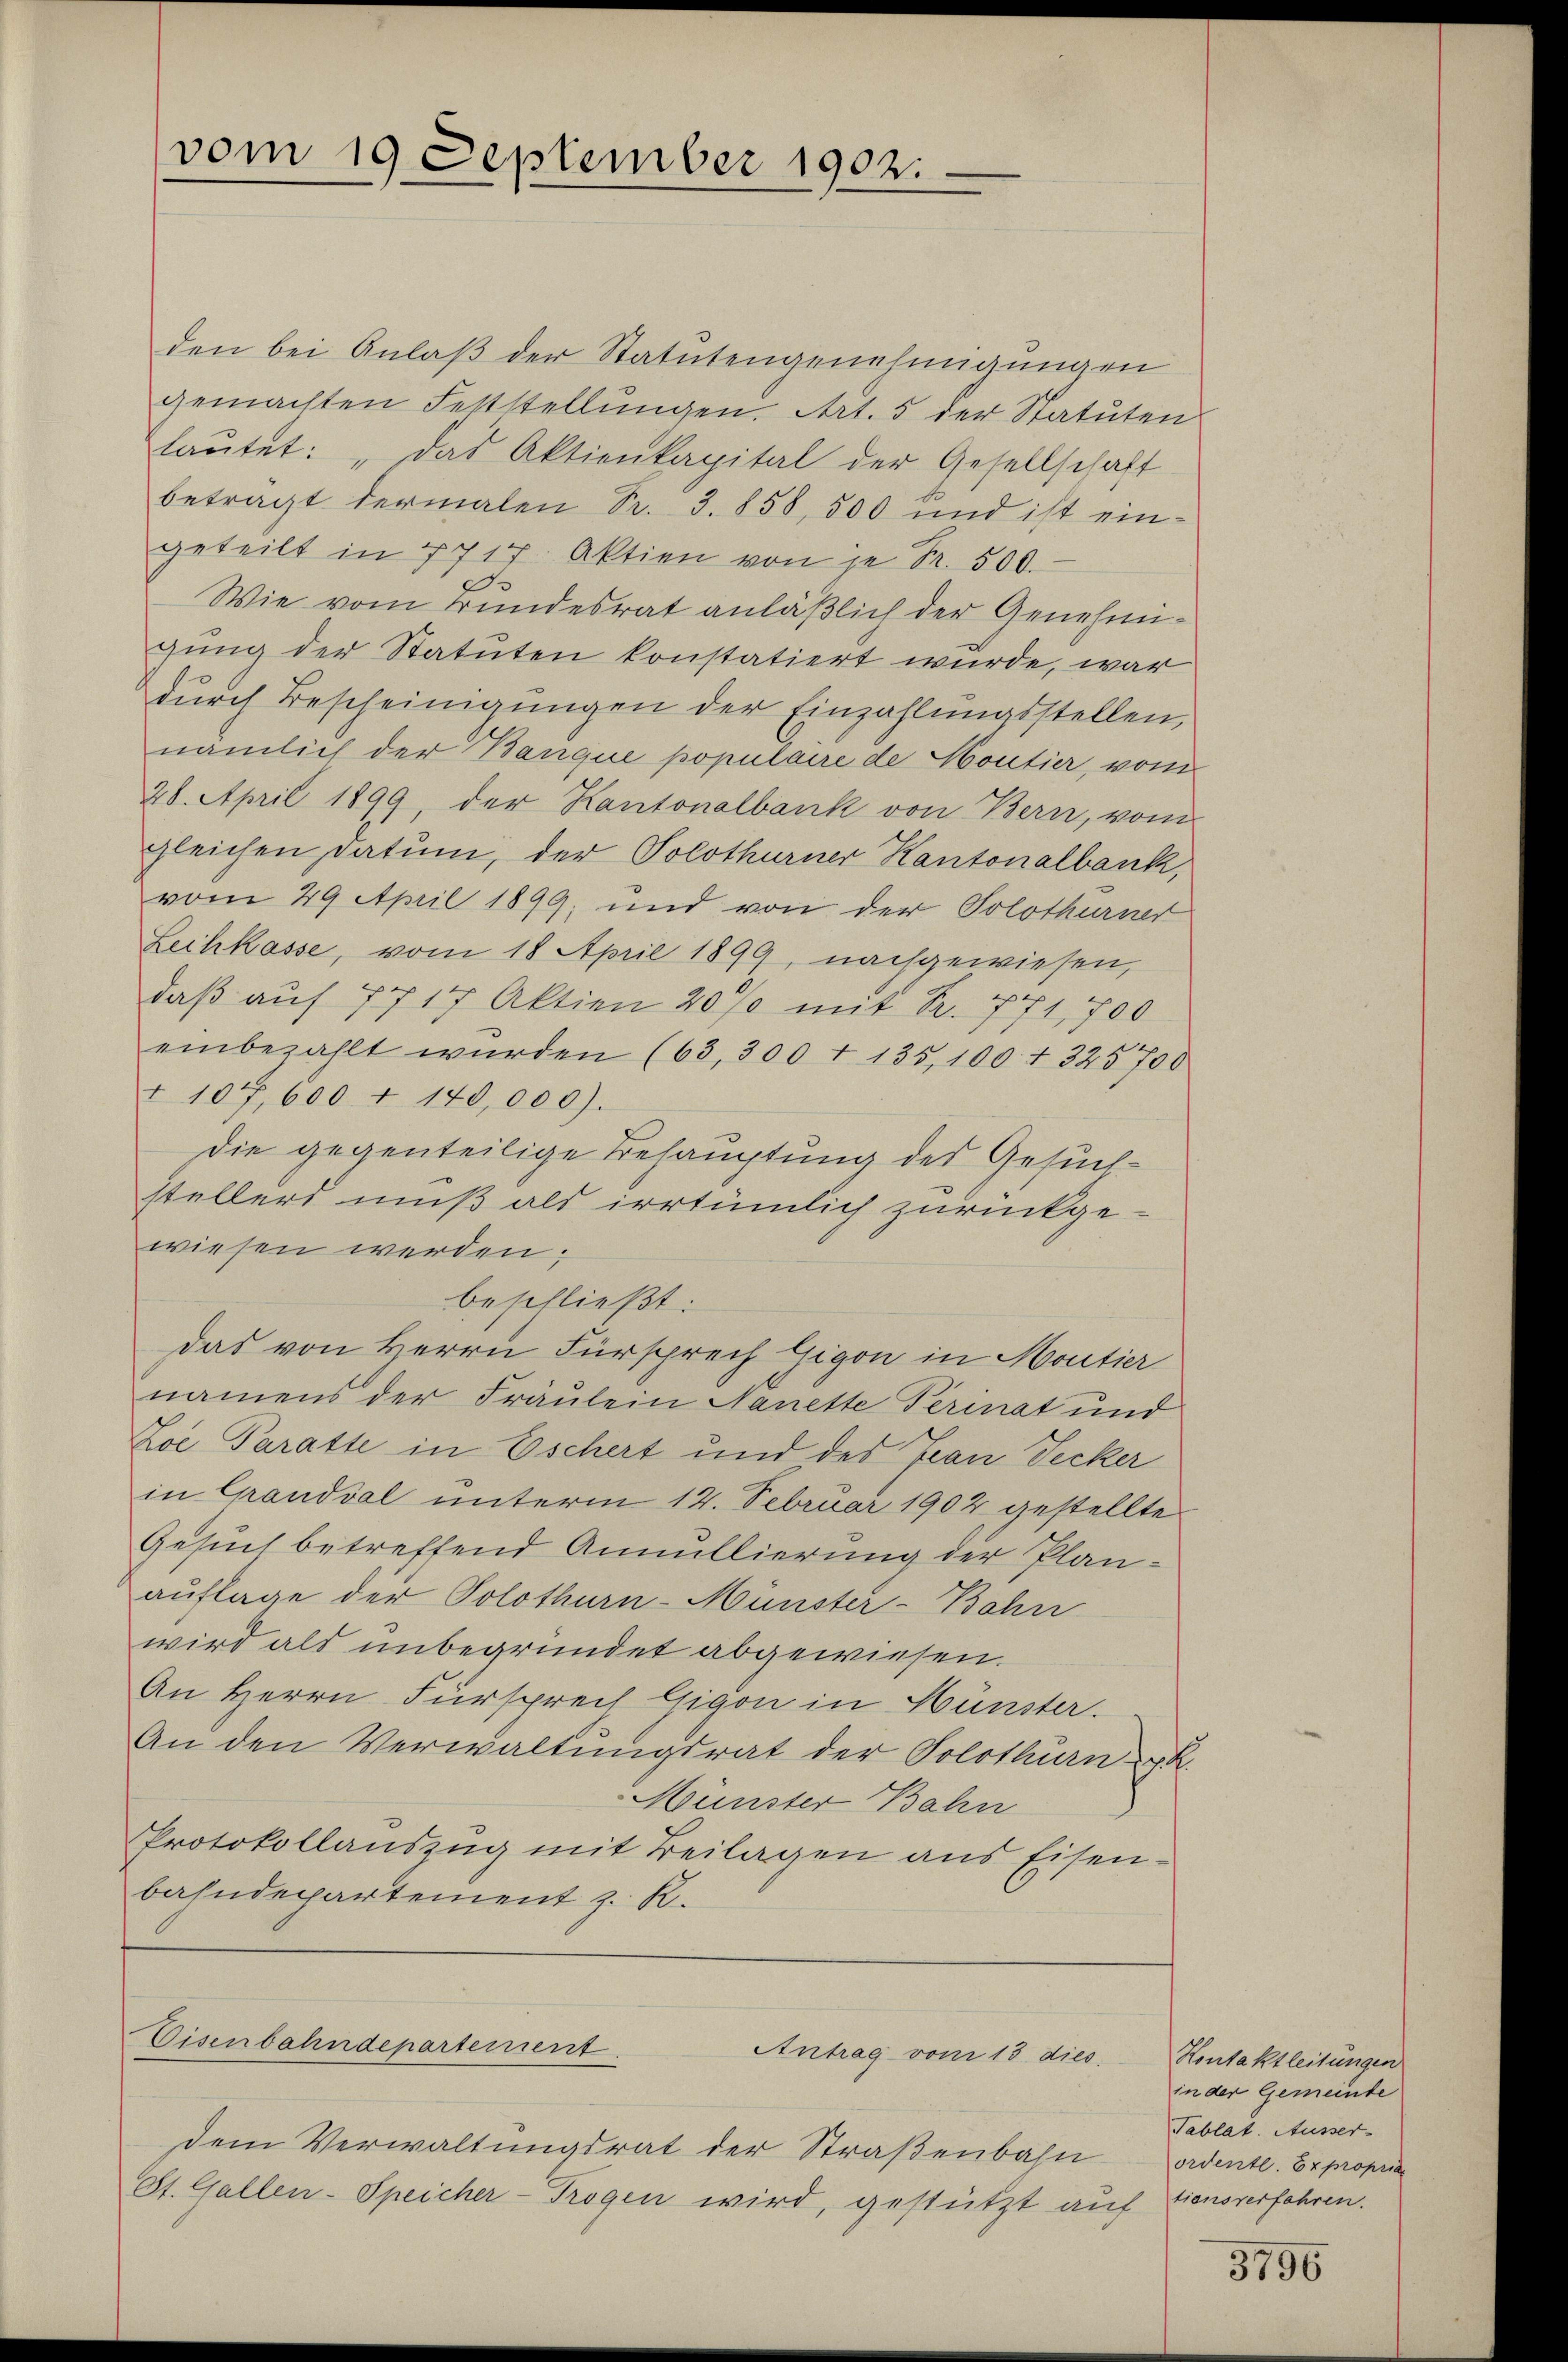
vom 19 September 1902.

den bei Anlaß der Statutengenehmigungen
gemachten Fettstellungen. Art. 5 der Statuten
laŭtet: "das Aktienkapital der Gesellschaft
betragt dermalen Sr. 3. 858, 500 und ist eingeteilt in 7717 Aktien von je Fr. 500.
Wie vom Bundesrat anläßlich der Genehmigung der Statuten konstatiert wurde, war
dŭrch Bescheinigungen der Einzahlungsstellen,
nämlich der Banque populaire de Moutier, vom
20. April 1899, der Kantonalbank von Bern, vom
gleichen Datum, der Solothurner Kantonalbank,
vom 29. April 1899; und von der Solothurner
Leihkasse, vom 18. April 1899, nachgewiesen,
daβ aŭf 7717 Aktien 20/0 mit Nr. 771, 700
einbezahlt wŭrden (63,300 f 135,100 f 325700
I 107,600 f 140,000).
Die gegenteilige Behauptung des Gesuchstellers muß als irrtümlich zurückge-
wiesen werden.
beschließt:
Das von Herrn Fürsprech Gigon in Moutier
namens der Fräulein Nanette Perinat und
Zoe Paratte in Eschert und des Jean Decker
in Grandval unterm 12. Februar 1902 gestellte
Gesuch betreffend Annullierung der Planauflage der Solothurn-Münster-Bahn
wird als unbegründet abgewiesen.
An Herrn Fürsprech Gigon in Münster.
An den Verwaltungsrat der Solothurn K.
Münster Bahn
Protokollauszug mit Beilagen aus Eisen-
bahndepartement z. R.

Eisenbahndepartement.
Antrag vom 13. dies

dem Verwaltungsrat der Straßenbahn
St. Gallen-Speicher-Trogen wird, gestützt auf

Hontaktleitungen
in der Gemeinde
Tablat. Ausser-
ordentl. Expropria
tionsverfahren.

3796